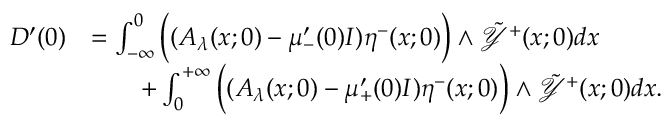
\begin{array} { r l } { D ^ { \prime } ( 0 ) } & { = \int _ { - \infty } ^ { 0 } \Big ( ( A _ { \lambda } ( x ; 0 ) - \mu _ { - } ^ { \prime } ( 0 ) I ) \eta ^ { - } ( x ; 0 ) \Big ) \wedge \tilde { \mathcal { Y } } ^ { + } ( x ; 0 ) d x } \\ & { \quad \quad + \int _ { 0 } ^ { + \infty } \Big ( ( A _ { \lambda } ( x ; 0 ) - \mu _ { + } ^ { \prime } ( 0 ) I ) \eta ^ { - } ( x ; 0 ) \Big ) \wedge \tilde { \mathcal { Y } } ^ { + } ( x ; 0 ) d x . } \end{array}